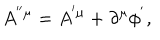
LaTeX: A ^ { ^ { \prime \prime } \mu } = A ^ { ^ { \prime } \mu } + \partial ^ { \mu } \phi ^ { ^ { \prime } } ,